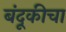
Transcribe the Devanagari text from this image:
बंदूकीचा